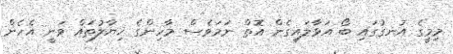
މިމީގެ އުނގުގައި ބޯ އަޅާލައިގެން އޮތް ނަމަވެސް މާހިންގެ ޚިޔާލުތައް ވަނީ އެހެން